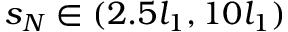
s _ { N } \in ( 2 . 5 l _ { 1 } , 1 0 l _ { 1 } )